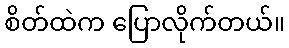
စိတ်ထဲက ပြောလိုက်တယ်။